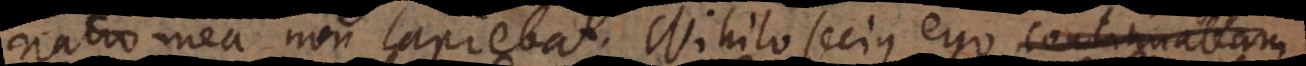
a non capiebat. Nihilo secius ego continuabam